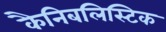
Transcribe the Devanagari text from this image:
कैनिबलिस्टिक